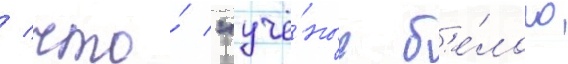
/ что́ "учё́ные б'е́лого